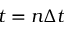
t = n \Delta t